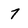
Character: 7